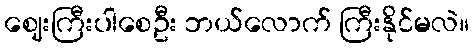
ဈေးကြီးပါစေဦး ဘယ်လောက် ကြီးနိုင်မလဲ။